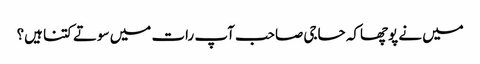
میں نے پوچھاکہ حاجی صاحب آپ رات میں سوتے کتنا ہیں؟